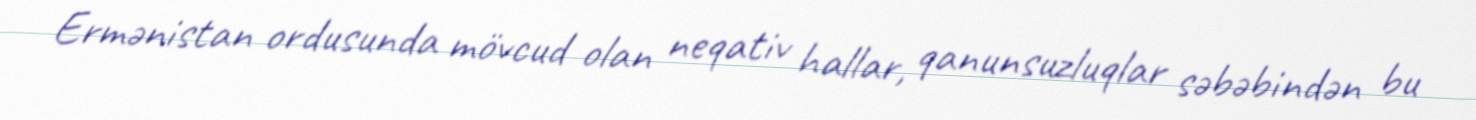
Ermənistan ordusunda mövcud olan neqativ hallar, qanunsuzluqlar səbəbindən bu